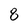
Character: 8